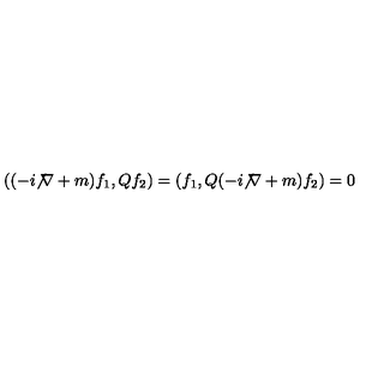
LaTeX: ( ( - i { \not \nabla } + m ) f _ { 1 } , Q f _ { 2 } ) = ( f _ { 1 } , Q ( - i { \not \nabla } + m ) f _ { 2 } ) = 0